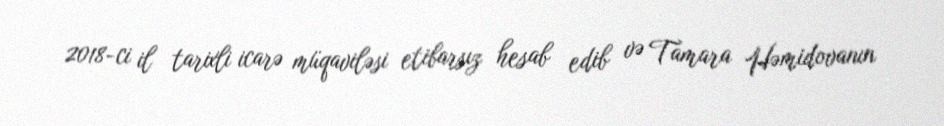
2018-ci il tarixli icarə müqaviləsi etibarsız hesab edib və Tamara Həmidovanın